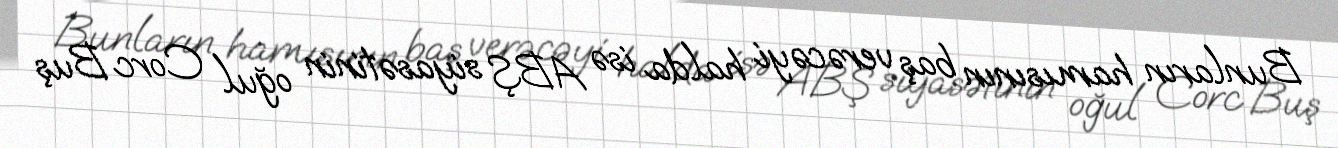
Bunların hamısının baş verəcəyi halda isə ABŞ siyasətinin oğul Corc Buş